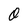
Character: 0